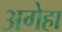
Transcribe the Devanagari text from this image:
अगेहा